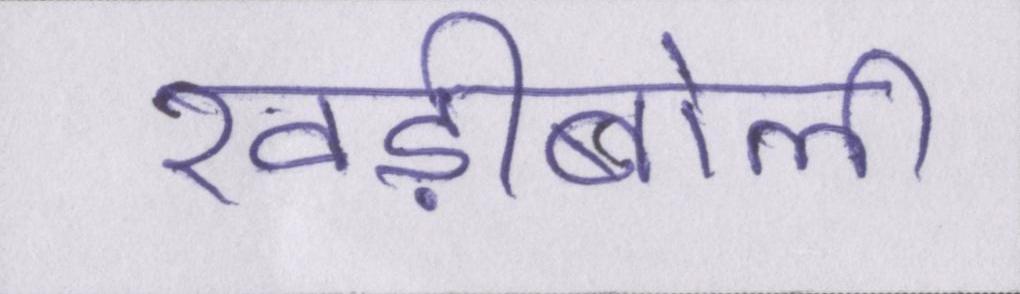
खड़ीबोली